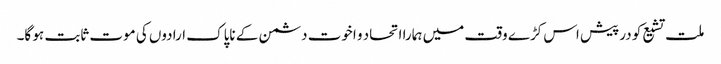
ملت تشیع کو درپیش اس کڑے وقت میں ہمارا اتحاد و اخوت دشمن کے ناپاک ارادوں کی موت ثابت ہو گا۔